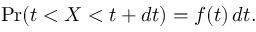
\operatorname* { P r } ( t < X < t + d t ) = f ( t ) \, d t .